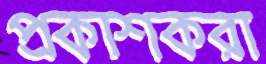
প্রকাশকরা